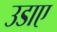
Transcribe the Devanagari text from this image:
उडाए